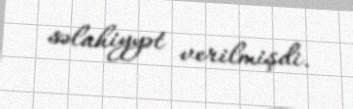
səlahiyyət verilmişdi.